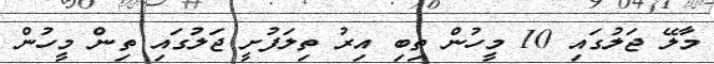
މާލޭ ޖަލުގައި 10 މީހުން ތިބި އިރު ތިލަފުށީ ޖަލުގައި ތިން މީހުން